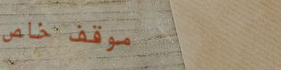
موقف خاص